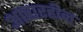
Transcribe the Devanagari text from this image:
आहारहीन